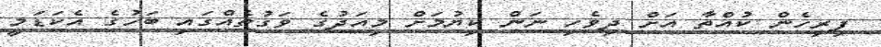
ފިރިހެން ކުއްތާ އަށް ދިވެހި ނަން ކިޔުމަށް މިއަދުގެ ވަގުތެއްގައި ބަހުގެ އެކަޑަމީ